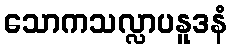
သောကသလ္လာပနူဒနံ